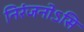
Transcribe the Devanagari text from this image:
निरंजनोऽसि